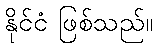
နိုင်ငံ ဖြစ်သည်။